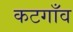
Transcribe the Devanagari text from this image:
कटगाँव